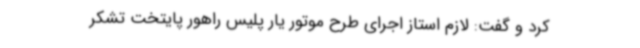
کرد و گفت: لازم استاز اجرای طرح موتور یار پلیس راهور پایتخت تشکر